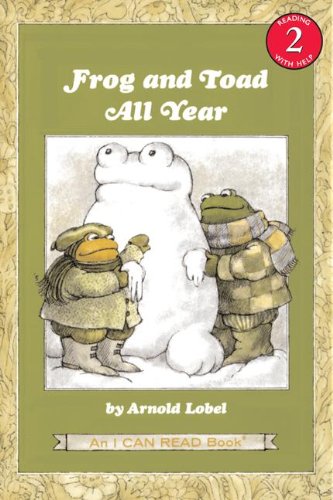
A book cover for Frog and Toad All Year (I Can Read Level 2); Arnold Lobel; Children's Books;